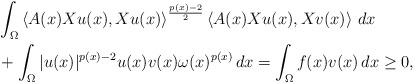
\begin{align*}& \int_{\Omega }\left\langle A(x)Xu(x),Xu(x)\right\rangle ^{\frac{p(x)-2}{2}}\left\langle A(x)Xu(x),Xv(x)\right\rangle \,dx \\& +\int_{\Omega }|u(x)|^{p(x)-2}u(x)v(x)\omega(x)^{p(x)}\,dx=\int_{\Omega }f(x)v(x)\,dx\geq 0,\end{align*}